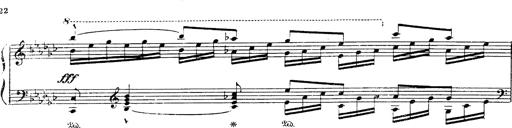
Title: Danza sacra e duetto finale dâ€™Aida
Composer: Franz Liszt